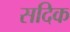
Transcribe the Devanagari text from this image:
सदिक